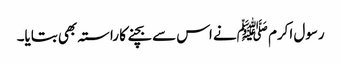
رسول اکرم ﷺنے اس سے بچنے کا راستہ بھی بتایا۔